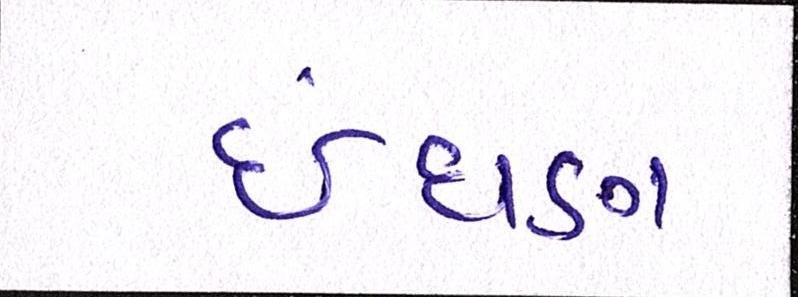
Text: ઈંધણ